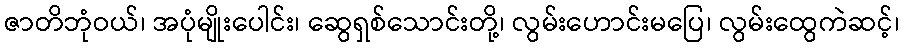
ဇာတိဘုံဝယ်၊ အပုံမျိုးပေါင်း၊ ဆွေရှစ်သောင်းတို့၊ လွမ်းဟောင်းမပြေ၊ လွမ်းထွေကဲဆင့်၊